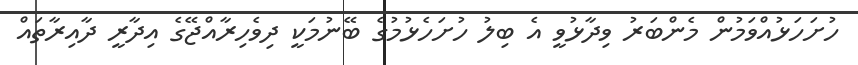
ހުށަހަޅުއްވަމުން މެންބަރު ވިދާޅުވީ އެ ބިލު ހުށަހެޅުމުގެ ބޭނުމަކީ ދިވެހިރާއްޖޭގެ އިދާރީ ދާއިރާތައް